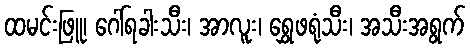
ထမင်းဖြူ၊ ဂေါ်ရခါးသီး၊ အာလူး၊ ရွှေဖရုံသီး၊ အသီးအရွက်